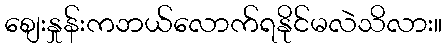
စျေးနှုန်းကဘယ်လောက်ရနိုင်မလဲသိလား။